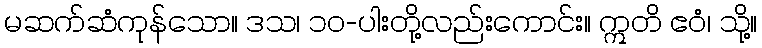
မဆက်ဆံကုန်သော။ ဒသ၊ ၁၀-ပါးတို့လည်းကောင်း။ ဣတိ ဧဝံ၊ သို့။